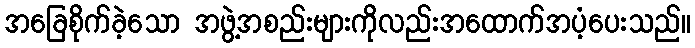
အခြေစိုက်ခဲ့သော အဖွဲ့အစည်းများကိုလည်းအထောက်အပံ့ပေးသည်။